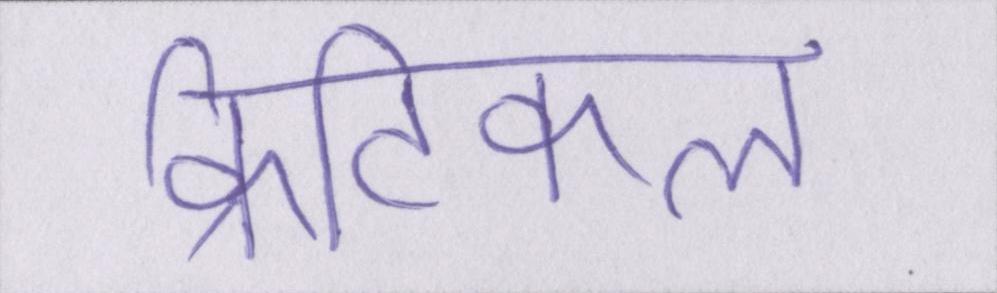
क्रिटिकल